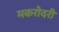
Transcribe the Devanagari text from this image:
मकरोदरी